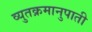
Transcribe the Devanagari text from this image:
व्युतक्रमानुपाती